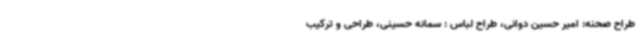
طراح صحنه: امیر حسین دوانی، طراح لباس : سمانه حسینی، طراحی و ترکیب